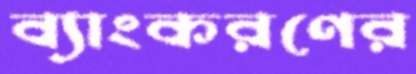
ব্যাংকরণের